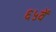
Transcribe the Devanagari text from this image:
६५वें